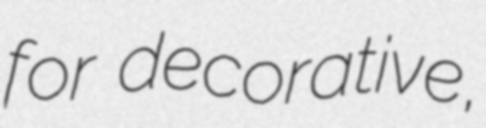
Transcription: for decorative,